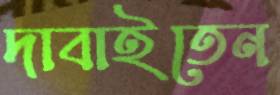
দাবাইতেন